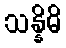
သန္နိဓိ